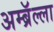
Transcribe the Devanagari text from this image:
अम्ब्रॅल्ला